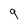
Character: q